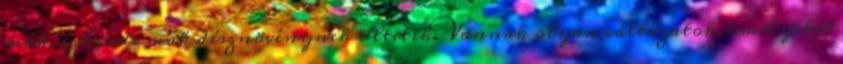
mák, izlandi mák dísznövénynek ültetik. Vannak olyan változatok, amelyeket